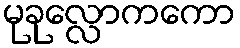
မုခုလ္လောကကော